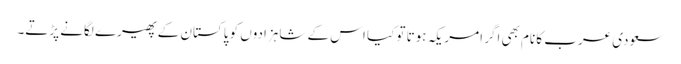
سعودی عرب کا نام بھی اگر امریکہ ہوتا تو کیا اس کے شاہزادوں کو پاکستان کے پھیرے لگانے پڑتے۔